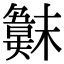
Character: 𣝖